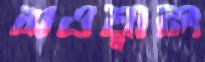
সওয়াল